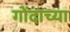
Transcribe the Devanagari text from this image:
गोंदाच्या